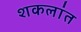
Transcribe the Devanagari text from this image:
शकलांत